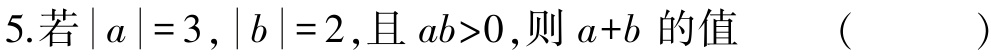
5.若\(\vert a\vert =3\)，\(\vert b\vert =2\)，且\(ab>0\)，则\(a + b\)的值  （  ）